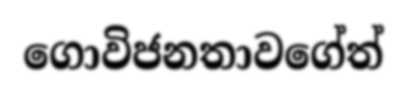
ගොවිජනතාවගේත්